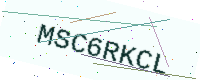
Text: MSC6RKCL